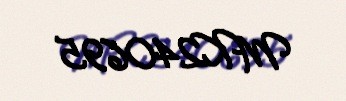
MK240695